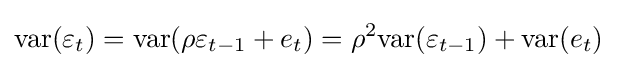
\mathrm {var} (\varepsilon _{t})=\mathrm {var} (\rho \varepsilon _{t-1}+e_{t})=\rho ^{2}\mathrm {var} (\varepsilon _{t-1})+\mathrm {var} (e_{t})